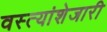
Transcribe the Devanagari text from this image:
वस्त्यांशेजारी